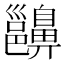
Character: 𪖵